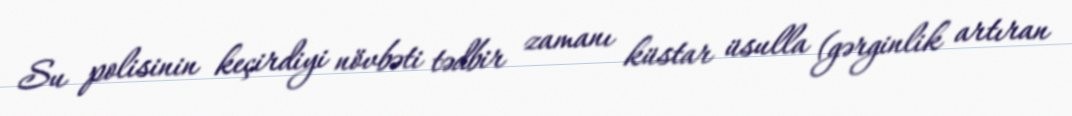
Su polisinin keçirdiyi növbəti tədbir zamanı küstar üsulla (gərginlik artıran